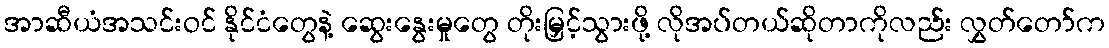
အာဆီယံအသင်းဝင် နိုင်ငံတွေနဲ့ ဆွေးနွေးမှုတွေ တိုးမြှင့်သွားဖို့ လိုအပ်တယ်ဆိုတာကိုလည်း လွှတ်တော်က